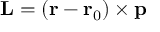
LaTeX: \mathbf { L } = \left( \mathbf { r } - \mathbf { r } _ { 0 } \right) \times \mathbf { p }